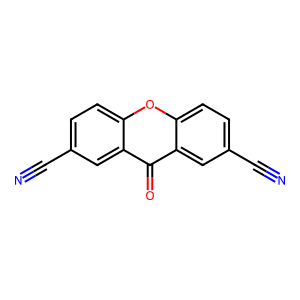
SMILES: N#Cc1ccc2oc3ccc(C#N)cc3c(=O)c2c1
Inhibits HIV replication: No